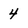
Character: 4